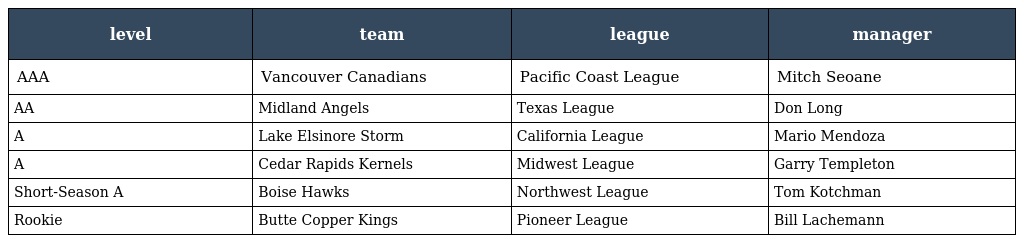
| level | team | league | manager |
 | --- | --- | --- | --- |
 | AAA | Vancouver Canadians | Pacific Coast League | Mitch Seoane |
 | AA | Midland Angels | Texas League | Don Long |
 | A | Lake Elsinore Storm | California League | Mario Mendoza |
 | A | Cedar Rapids Kernels | Midwest League | Garry Templeton |
 | Short-Season A | Boise Hawks | Northwest League | Tom Kotchman |
 | Rookie | Butte Copper Kings | Pioneer League | Bill Lachemann |